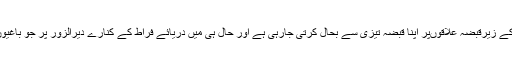
انہوں نے کہا کہ شام سرکاری فوج دولت اسلامیہ کے زیرقبضہ علاقوںپر اپنا قبضہ تیزی سے بحال کرتی جارہی ہے اور حال ہی میں دریائے فراط کے کنارے دیرالزور پر جو باغیوں کے زیرقبضہ تھا اس کا قبضہ بحال ہوچکا ہے ۔